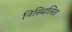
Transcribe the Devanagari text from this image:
निस्चिलित